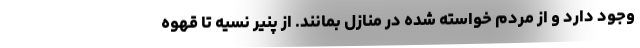
وجود دارد و از مردم خواسته شده در منازل بمانند. از پنیر نسیه تا قهوه